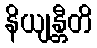
နိယျန္တီတိ